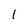
Character: 1